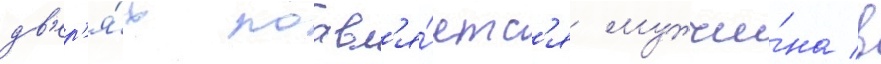
дв'ер'я́х поавл'я́етс'я мужчи́на в